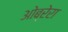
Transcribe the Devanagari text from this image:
ओब्रेरा